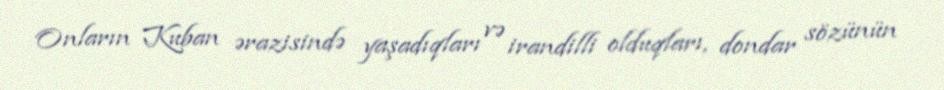
Onların Kuban ərazisində yaşadıqları və irandilli olduqları, dondar sözünün